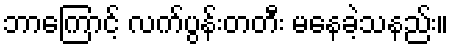
ဘာကြောင့် လက်ပွန်းတတီး မနေခဲ့သနည်း။